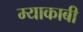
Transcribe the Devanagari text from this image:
म्याकाबी